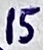
Text: 15